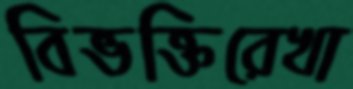
বিভক্তিরেখা